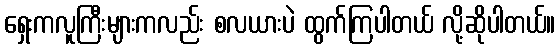
ရှေးကလူကြီးများကလည်း စလယားပဲ ထွက်ကြပါတယ် လို့ဆိုပါတယ်။